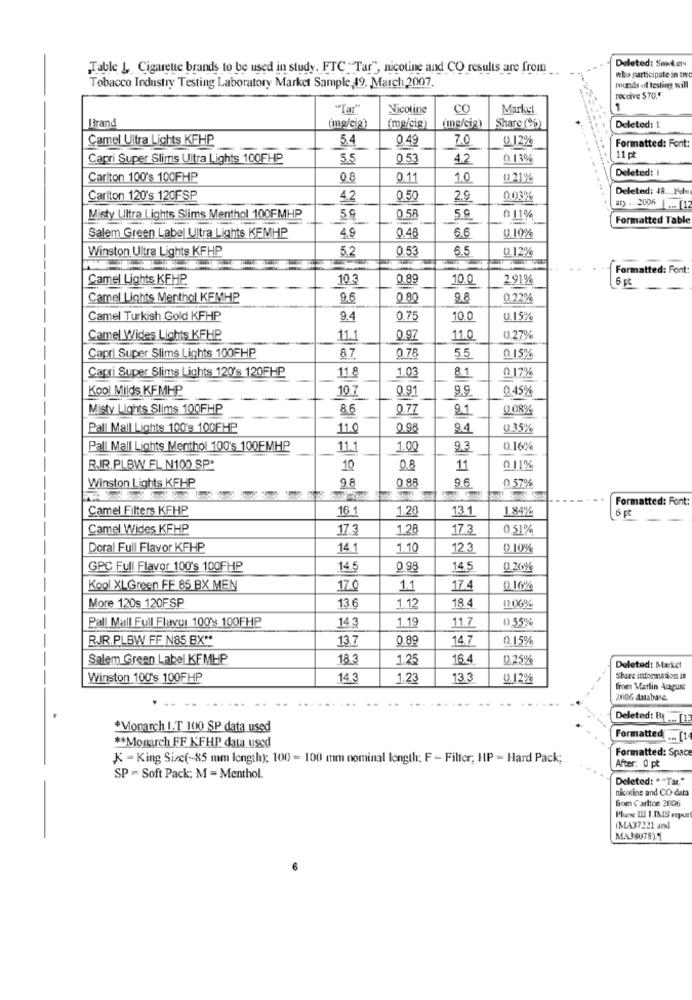
Deleted: Smokers
Table 1, Cigarette brands to be used in study. FTC Tar", nicotine and CO results are from
who participate in tivo
Tobacco Industry Testing Laboratory Market Sample 49, March 2007.
munds of testing will
roccive $70.5
"Tar"
Nicotine
CO
Marke!
BBrand
(ing/cig)
(mg/cia)
Share (%
Deleted: 1
Camel Ultra Lights KFHP
0 49
7.0
0.12%
Formatted: Font:
54
Capri Super Slims Ultra Lights 100FHP
5.5
0 5
4.2
0.13%
11 pt
Deleted:
Carlton 100's 100FHP
08
0.11
10
0.21%
Deleted: 48 ... Mdb
Carlton 120's 120FSP
4.2
0.50
2.9
003%
ary .. . 2006
Misty Ultra Lights Slims Menthol 100FMHP
59
0.58
5.0
0 11%
Formatted Table
4.9
6.6
Salem Green Label Ultra Lights KEMHP
0.48
0.10%
Winston Ultra Lights KFHP
5.2
0.53
6.5
0.12%
Formatted: Font:
Camel Lights KFHP
103
0.89
10.0
2.91%
6 pt
--
Camel Lights Menthol KFMHP
9.6
0.80
9.8
0.22%
Camel Turkish Gold KFHP
9.4
0.75
10.0
0.15%
Camel Wides Lights KFHP
11.1
0.97
11.0
0,27%
Capri Super Slims Lights 100FHP
87
0.78
5.5
0.15%
Capri Super Slims Lights 120's 120FHP
11.8
1.03
0.17%
8.1
Kool Milds KEMHP
0.91
9.9
0 45%
10.7
Misty Lights Slims 100FHP
8.6
0 77
9.1
008%
Pall Mall Lights 100's 100FHP
11.0
0.98
94
0.35%
Pall Mall Lights Menthol 100's 100FMHP
11.1
1.00
9.3
0.16%
R.IR.PLBW FL N100 SP*
10
0.8
11
011%
Winston Lights KFHP
9.8
9.6
0.57%
0.88
Formatted: Font:
Camel Filters KFHP
16 1
1.28
13 1
1.84%
6 pt
Camel Wides KFHP
17.3
1.2
17.3
0.51%
Doral Full Flavor KFHP
14.1
1.10
12.3
0 10%
GPC Full Flavor 100's 100FHP
14.5
0 98
14.5
0.20%
Kool XLGreen FF 85 BX MEN
17.0
1.1
17.4
0.16%
More 120s 120FSP
13.6
18.4
0.06%
1.12
Pall Mall Full Flavor 100's 100FHP
14.3
1.19
11.7
0,55%
RJR.PLBW FF NOS BX **
13.7
0.89
14.7
0.15%
Salem Green Label KFMHP
18.3
1.25
16.4
0.25%
Deleted: Mærket
Winston 100's 100FHP
14.3
1.23
13.3
9.12%
Share information is
from Marlin August
20106 database.
Deleted: BI ... [13
*Monarch I.T 100 SP data used
** Momurch FF KFHP data used
Formatted ... [1
Formatted: Spac
K - King Size(-85 mm length); 100 = 100 mm nominal length; F - Filter; HP - Hard Pack;
After: 0 pt
SP = Soft Pack: M = Menthol.
Deleted: ""Tar."
nioxine and CO data
from Carlton 2006
IMA37221 and
MA3SU78)5